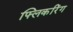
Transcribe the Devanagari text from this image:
फ्लिकरिंग